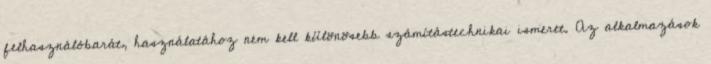
felhasználóbarát, használatához nem kell különösebb számítástechnikai ismeret. Az alkalmazások